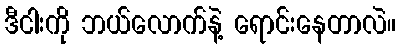
ဒီငါးကို ဘယ်လောက်နဲ့ ရောင်းနေတာလဲ။